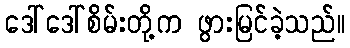
ဒေါ်ဒေါ်စိမ်းတို့က ဖွားမြင်ခဲ့သည်။